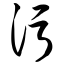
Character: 污